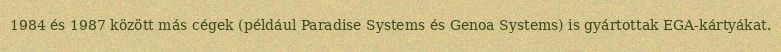
1984 és 1987 között más cégek (például Paradise Systems és Genoa Systems) is gyártottak EGA-kártyákat.